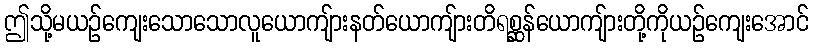
ဤသို့မယဉ်ကျေးသောသောလူယောကျ်ားနတ်ယောကျ်ားတိရစ္ဆန်ယောကျ်ားတို့ကိုယဉ်ကျေးအောင်